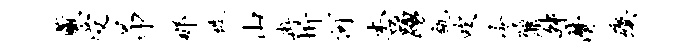
藏受吊那徙山冉圻河杏踊瓴吹冷鼐舛潸瘼